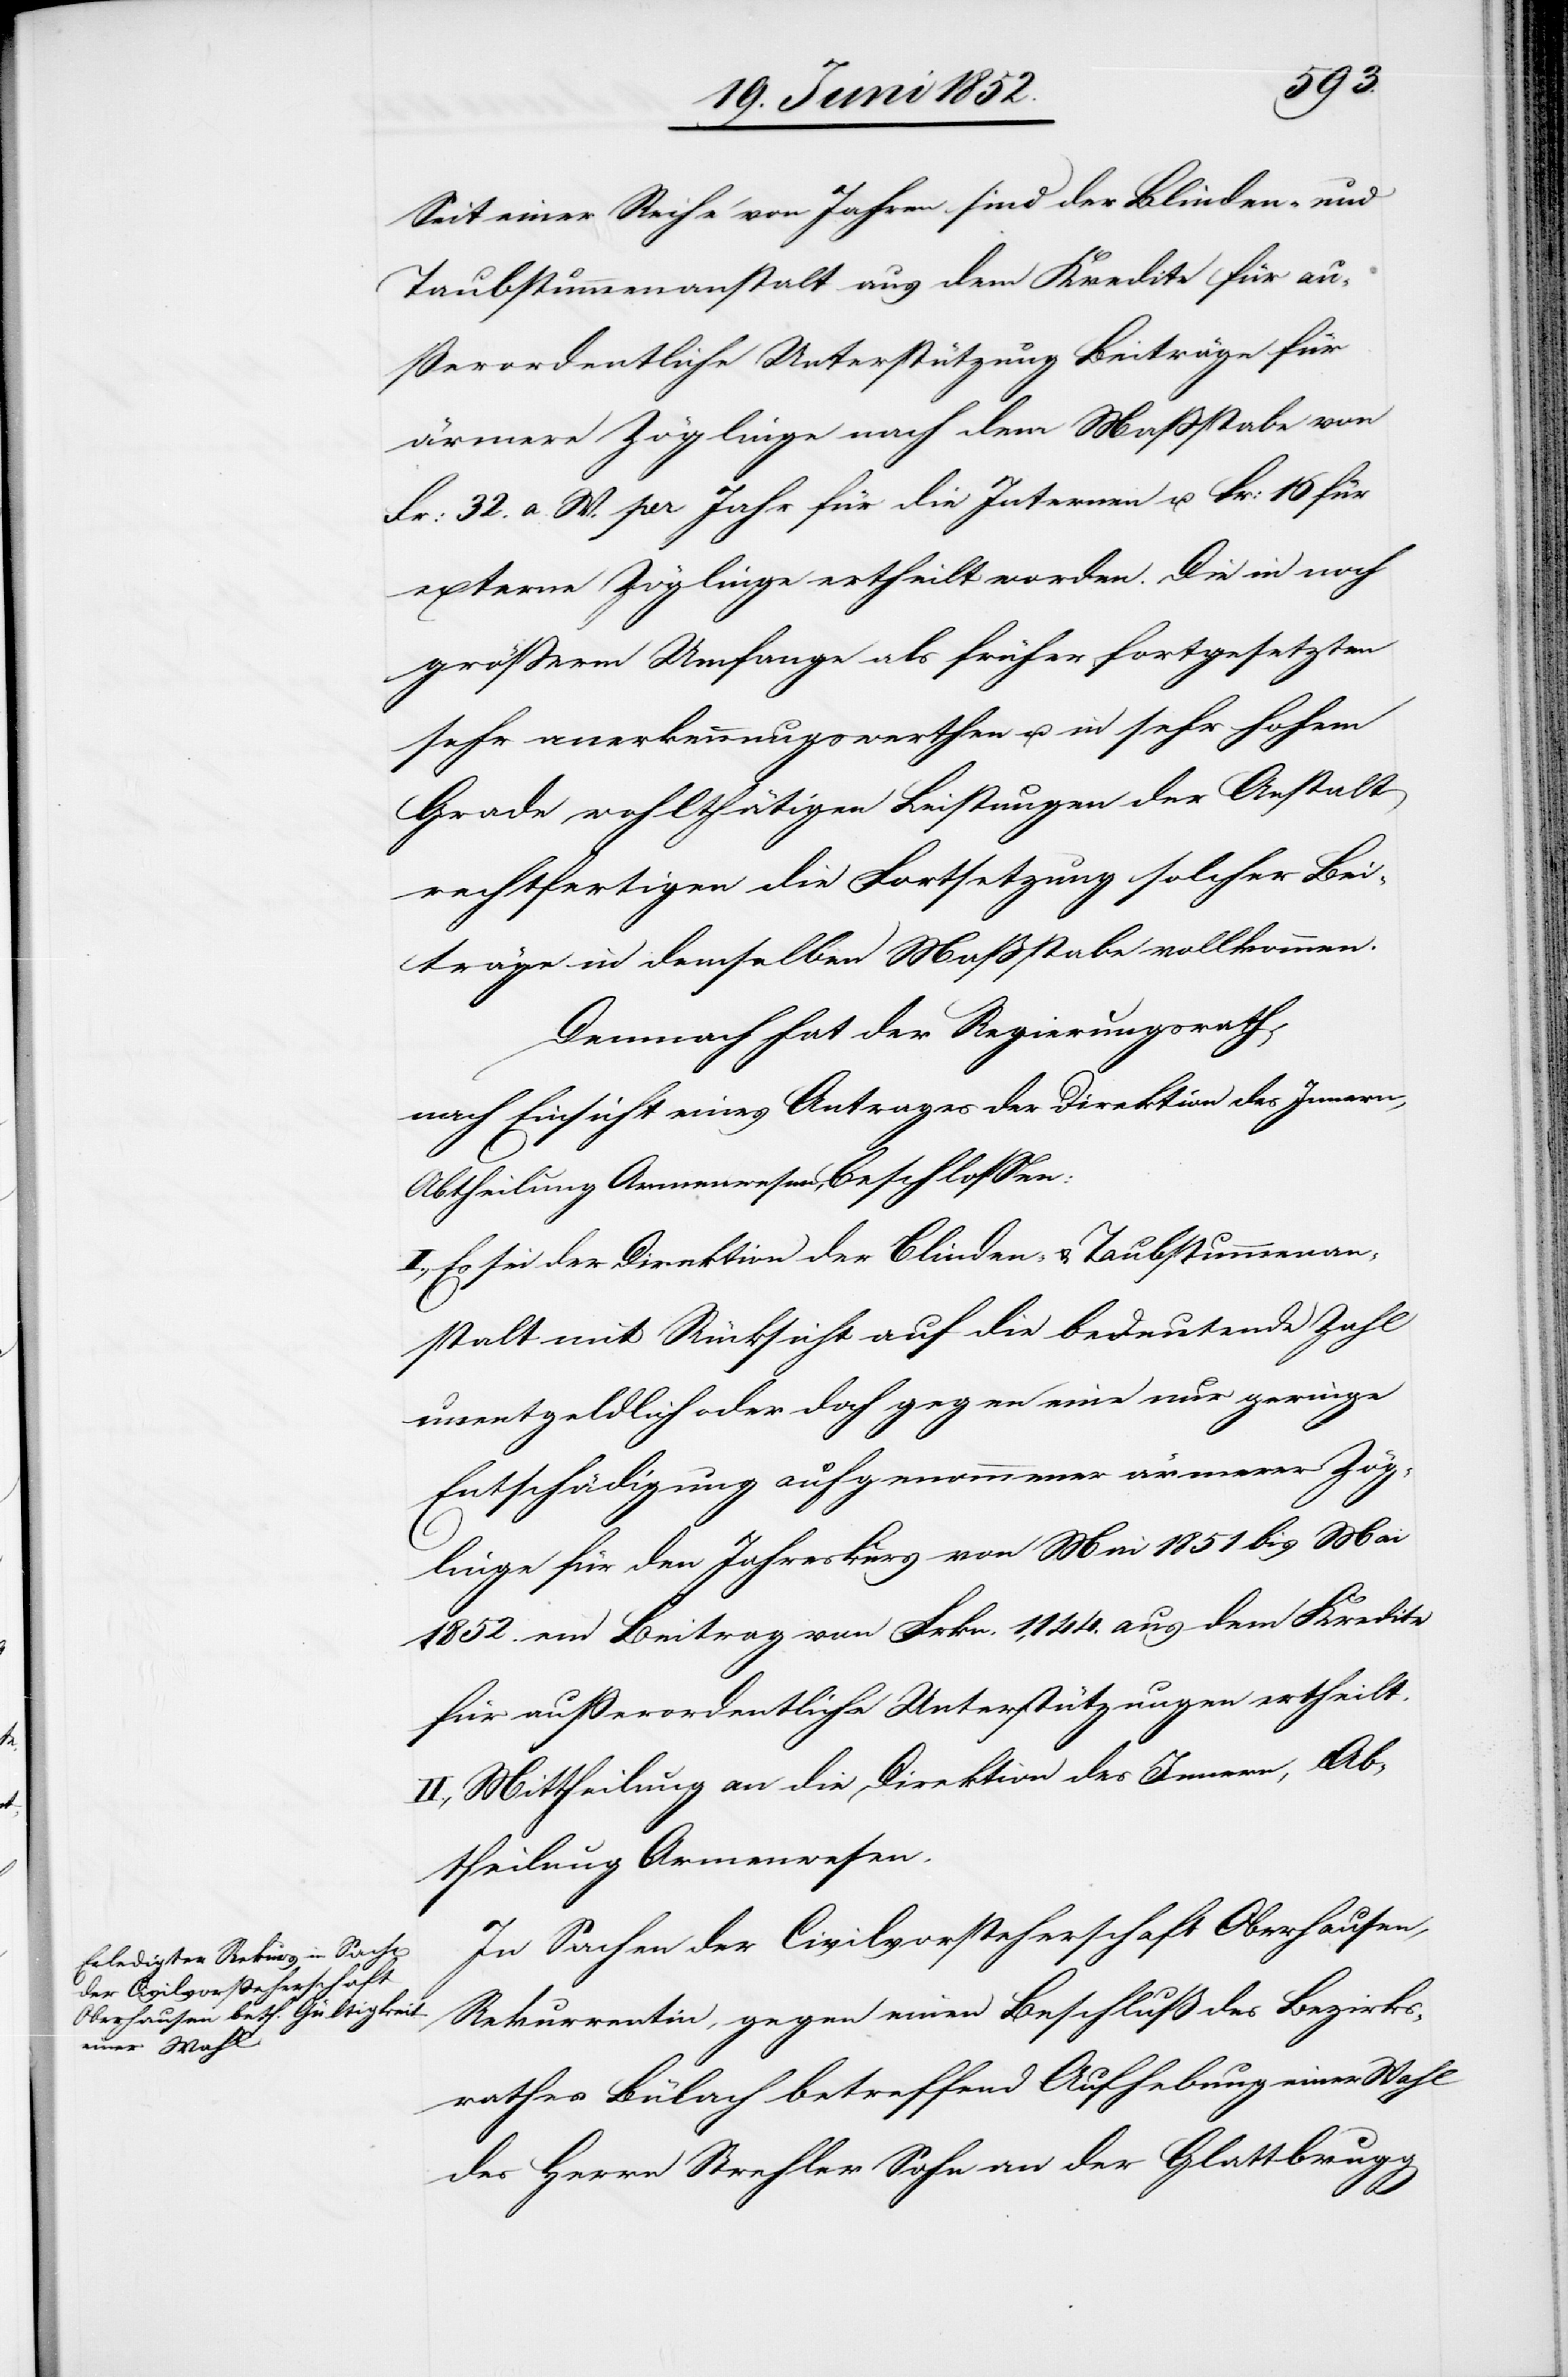
Seit einer Reihe von Jahren sind der Blinden- und
Taubstummenanstalt aus dem Kredite für au¬
ßerordentliche Unterstützung Beiträge für
ärmere Zöglinge nach dem Maßstabe von
Fr: 32. a. W. per Jahr für die Internen u. Fr: 16 für
externe Zöglinge ertheilt worden. Die in noch
grösserm Umfange als früher fortgesetzten
sehr anerkennungswerthen u. in sehr hohem
Grade wohlthätigen Leistungen der Anstalt
rechtfertigen die Fortsetzung solcher Bei¬
träge in demselben Maßstabe vollkommen.
Demnach hat der Regierungsrath,
nach Einsicht eines Antrages der Direktion des Innern,
I., Es sei der Direktion der Blinden- & Taubstummenan¬
stalt mit Rücksicht auf die bedeutende Zahl
unentgeldlich oder doch gegen eine nur geringe
Entschädigung aufgenommener ärmerer Zög¬
linge für den Jahreskurs von Mai 1851 bis Mai
1852. ein Beitrag von Frkn. 1,144. aus dem Kredite
für ausserordentliche Unterstützungen ertheilt.
II., Mittheilung an die Direktion des Innern, Ab¬
theilung Armenwesen.
In Sachen der Civilvorsteherschaft Oberhausen,
Rekurrentin, gegen einen Beschluß des Bezirks¬
rathes Bülach betreffend Aufhebung einer Wahl
des Herrn Strehler Sohn an der Glattbrugg